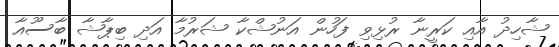
ޝާހިދު އާއި ކަރީނާ ރުޅިވި ފަހުން އަނުޝްކާ ޝަރުމާ އަދި ބިޕާޝާ ބާސޫއާ